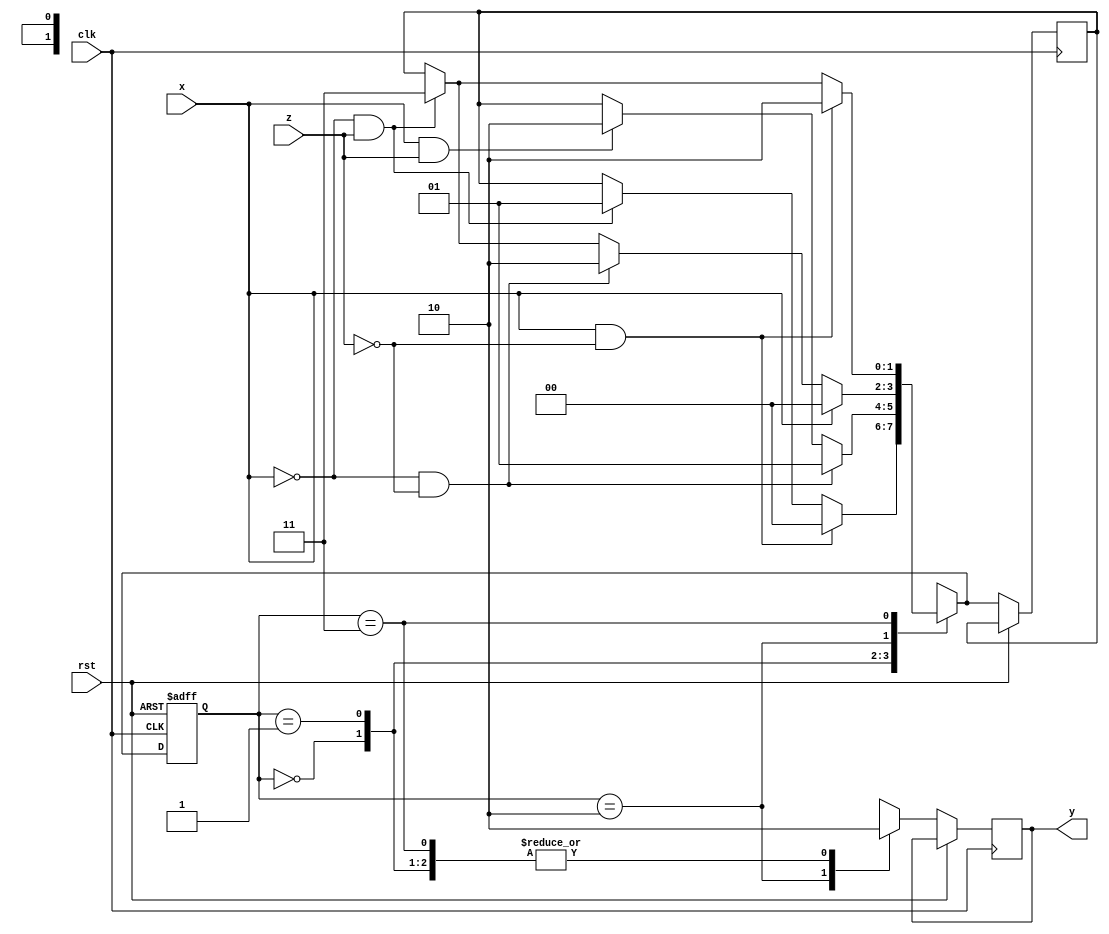
`timescale 1ns / 1ps
//////////////////////////////////////////////////////////////////////////////////
// Company: 
// Engineer: 
// 
// Design Name: 
// Module Name:    FSM4 
// Project Name: 
// Target Devices: 
// Tool versions: 
// Description: 
//
// Dependencies: 
//
// Revision: 
// Revision 0.01 - File Created
// Additional Comments: 
//
//////////////////////////////////////////////////////////////////////////////////
module FSM4(input x , z ,clk , rst , output reg y);
parameter S0 = 2'b00;
parameter S1 = 2'b01;
parameter S2 = 2'b10;
parameter S3 = 2'b11;
reg [1:0]p,n;

always @(posedge clk or posedge rst)
begin
	if(rst) p = S0;
	else
		begin
			case({p})
				S0 : 
					begin
						y = 1'b0;
						if(x && !z) n = S0 ;
						else if(!x && z)n = S1;
					end
				S1 : 
					begin
						y = 1'b0;
						if(!x && !z) n = S1;
						else if(x && z) n = S2;
					end
				S2 : 
					begin
						y = 1'b1;
						if(x) n = S0;
						else if(!x && !z) n = S2;
						else if(!x && z) n = S3;
					end
				S3 : 
					begin
						y = 1'b0;
						if(x && !z) n = S2;
						else if(!x && z) n = S3;
					end
				default :
					begin
						y = 1'b0;
						end
			endcase
			p = n;
		end
	end
endmodule